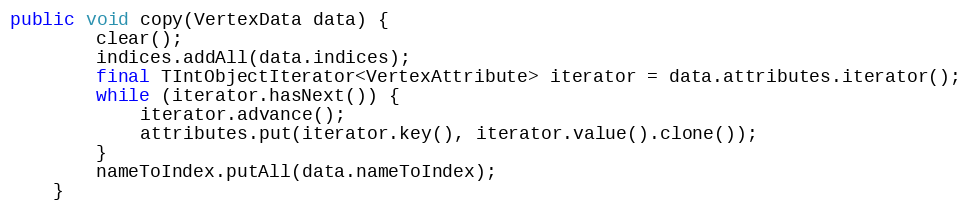
Language: Java
public void copy(VertexData data) {
        clear();
        indices.addAll(data.indices);
        final TIntObjectIterator<VertexAttribute> iterator = data.attributes.iterator();
        while (iterator.hasNext()) {
            iterator.advance();
            attributes.put(iterator.key(), iterator.value().clone());
        }
        nameToIndex.putAll(data.nameToIndex);
    }